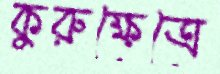
কুরুক্ষেত্রে